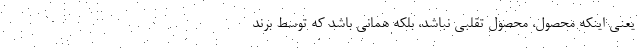
یعنی اینکه محصول، محصول تقلبی نباشد، بلکه همانی باشد که توسط برند